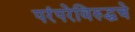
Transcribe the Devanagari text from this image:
परंपरेविरुद्धचे